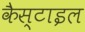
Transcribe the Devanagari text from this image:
कैस्टाइल